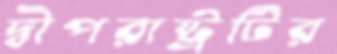
দ্বীপরাষ্ট্রটির